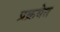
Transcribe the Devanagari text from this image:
प्रक्रयेत